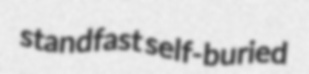
standfast self-buried